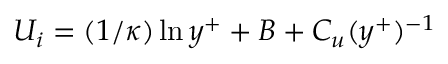
U _ { i } = ( 1 / \kappa ) \ln y ^ { + } + B + C _ { u } ( y ^ { + } ) ^ { - 1 }